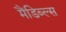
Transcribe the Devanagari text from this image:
मैंडिब्ल्स